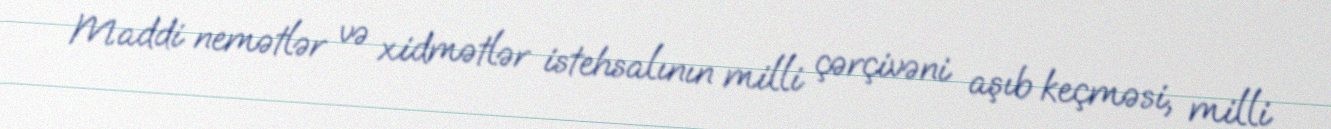
Maddi nemətlər və xidmətlər istehsalının milli çərçivəni aşıb keçməsi, milli